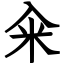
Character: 籴